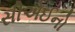
સીએઈનો